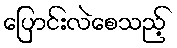
ပြောင်းလဲစေသည့်